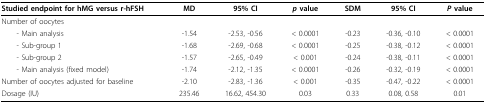
<table><thead><tr><td><b>Studied endpoint for hMG versus r-hFSH</b></td><td><b>MD</b></td><td><b>95% CI</b></td><td><b><i>p </i>value</b></td><td><b>SDM</b></td><td><b>95% CI</b></td><td><b><i>P </i>value</b></td></tr></thead><tbody><tr><td>Number of oocytes</td><td></td><td></td><td></td><td></td><td></td><td></td></tr><tr><td> - Main analysis</td><td>-1.54</td><td>-2.53, -0.56</td><td>&lt; 0.0001</td><td>-0.23</td><td>-0.36, -0.10</td><td>&lt; 0.0001</td></tr><tr><td> - Sub-group 1</td><td>-1.68</td><td>-2.69, -0.68</td><td>&lt; 0.0001</td><td>-0.25</td><td>-0.38, -0.12</td><td>&lt; 0.0001</td></tr><tr><td> - Sub-group 2</td><td>-1.57</td><td>-2.65, -0.49</td><td>&lt; 0.001</td><td>-0.24</td><td>-0.38, -0.11</td><td>&lt; 0.0001</td></tr><tr><td> - Main analysis (fixed model)</td><td>-1.74</td><td>-2.12, -1.35</td><td>&lt; 0.0001</td><td>-0.26</td><td>-0.32, -0.19</td><td>&lt; 0.0001</td></tr><tr><td>Number of oocytes adjusted for baseline</td><td>-2.10</td><td>-2.83, -1.36</td><td>&lt; 0.001</td><td>-0.35</td><td>-0.47, -0.22</td><td>&lt; 0.0001</td></tr><tr><td>Dosage (IU)</td><td>235.46</td><td>16.62, 454.30</td><td>0.03</td><td>0.33</td><td>0.08, 0.58</td><td>0.01</td></tr></tbody></table>